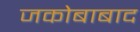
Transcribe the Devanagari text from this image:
जकोबाबाद